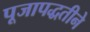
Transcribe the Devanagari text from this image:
पूजापद्धतीने